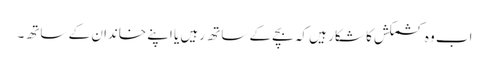
اب وہ کشمکش کا شکار ہیں کہ بچے کے ساتھ رہیں یا اپنے خاندان کے ساتھ۔